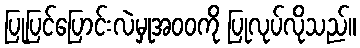
ပြုပြင်ပြောင်းလဲမှုအဝဝကို ပြုလုပ်လိုသည်။